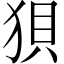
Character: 狽